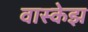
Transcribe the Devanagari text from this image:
वास्केझ